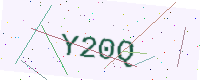
Text: Y20Q